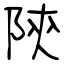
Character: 陝